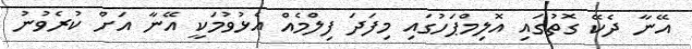
އޭނާ ދެކޭ ގޮތުގައި އޮލިމްޕަހުގައި މިފަދަ ފިލްމެއް އެޅުވުމަކީ އޭނާ އަށް ކުރެވުނު